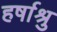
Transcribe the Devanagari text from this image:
हर्षाश्रु